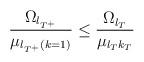
LaTeX: \begin{align*}\frac{\Omega_{l_{T^+}}} {\mu_{l_{T^+}(k=1)}} &\leq \frac{\Omega_{l_{T}}} {\mu_{l_{T}k_T}}\end{align*}